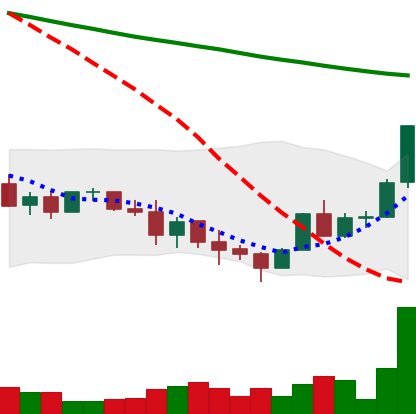
Ticker: ADA-USD
Chart end date: 2022-01-17
Forward return: -33.085%
Label: down_7plus